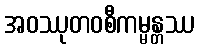
အဝဿုတဝစီကမ္မန္တဿ